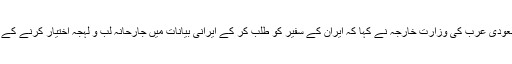
ردعمل کے طور پر سعودی عرب کی وزارت خارجہ نے کہا کہ ایران کے سفیر کو طلب کر کے ایرانی بیانات میں جارحانہ لب و لہجہ اختیار کرنے کے خلاف احتجاج کیا گیا ۔